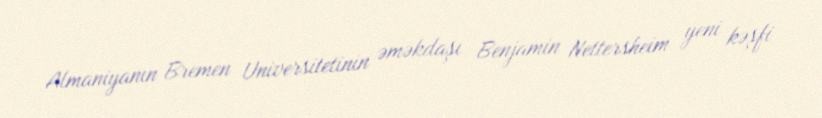
Almaniyanın Bremen Universitetinin əməkdaşı Benjamin Nettersheim yeni kəşfi